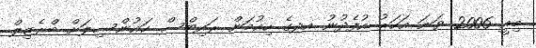
މިއީ 2006 ވަނަ އަހަރު އުފެދުނު އދގެ ހިއުމަން ރައިޓްސް ކައުންސިލަށް ބްރެޒިލް